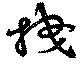
拽